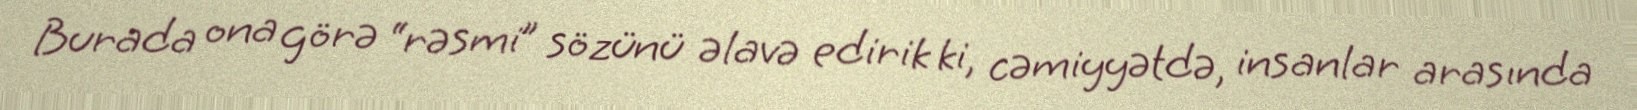
Burada ona görə “rəsmi” sözünü əlavə edirik ki, cəmiyyətdə, insanlar arasında